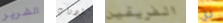
الشرير ادوات الفريقين ري